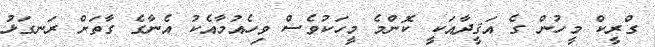
ގްރީކް މީހުން ގެ އަޤީދާއަކީ ކޮންމެ މީހަކުވެސް ވިހެއުމާއެކު އެނާގެ ގާތަށް ރަނގަޅު